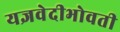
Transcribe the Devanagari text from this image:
यज्ञवेदीभोवती